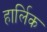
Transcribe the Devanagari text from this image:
हार्लिक